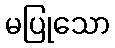
မပြုသော